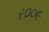
ર૦૦૯